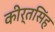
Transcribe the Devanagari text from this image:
कीर्तसिंह